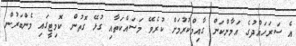
އެ ސަރަހައްދުގެ އަމާންކަން ގާއިމްކުރުމަށް ކުރެވޭ މަސައްކަތާއި ގުޅޭ ގޮތުން ކޮމިޓީގައި މެންބަރުން